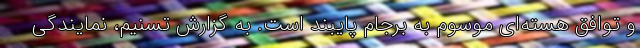
و توافق هسته‌ای موسوم به برجام پایبند است. به گزارش تسنیم، نمایندگی